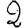
Digit: 2